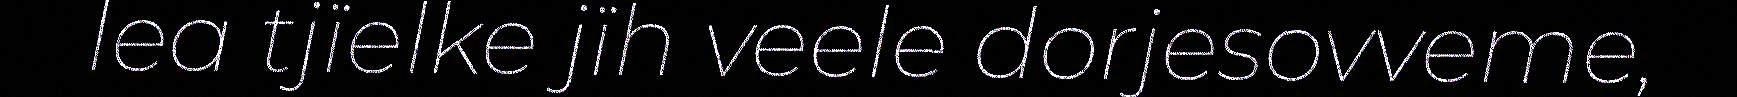
lea tjïelke jïh veele dorjesovveme,